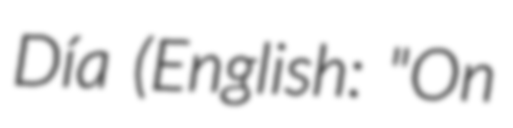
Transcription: Día (English: "On